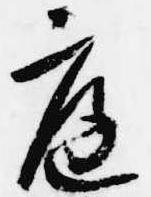
庭